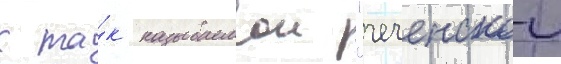
к та́к называемои "чеченскои